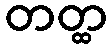
တတ္ထ